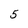
Character: 5